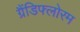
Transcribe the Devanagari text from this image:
ग्रैंडिफ्लोरम